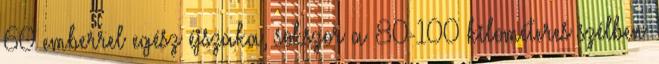
60 emberrel egész éjszaka, sokszor a 80-100 kilométeres szélben